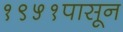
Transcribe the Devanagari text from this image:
१९५१पासून